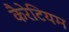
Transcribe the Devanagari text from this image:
कैरेटियम